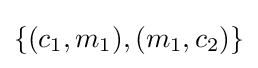
\{(c_{1},m_{1}),(m_{1},c_{2})\}